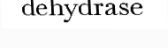
dehydrase